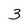
Character: 3